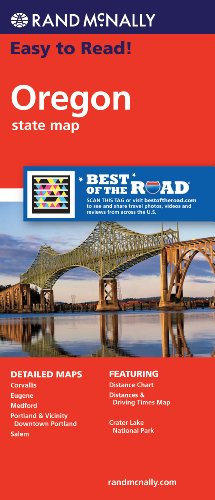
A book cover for Rand McNally Easy To Read: Oregon State Map; Rand McNally; Reference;